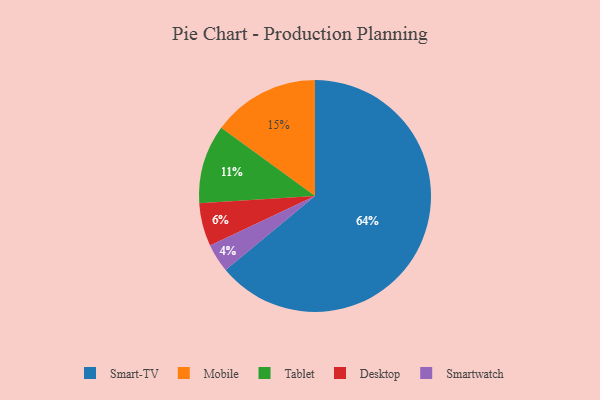
{"axis": {"x": "Category", "y": "Percentage"}, "legend": ["Desktop", "Mobile", "Smart-TV", "Smartwatch", "Tablet"], "data": [{"x": "Desktop", "y": 6, "type": "Desktop"}, {"x": "Mobile", "y": 15, "type": "Mobile"}, {"x": "Tablet", "y": 11, "type": "Tablet"}, {"x": "Smart-TV", "y": 64, "type": "Smart-TV"}, {"x": "Smartwatch", "y": 4, "type": "Smartwatch"}]}